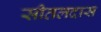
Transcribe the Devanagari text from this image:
सीतलदास